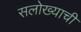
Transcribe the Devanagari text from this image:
सलोख्याची